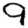
Digit: 9